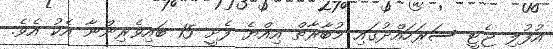
އުފުލި ޖެޓީ ސަރަހައްދުގައި މުބާރާތް އިއްޔެ ފެށީ 15 ބައިވެރިންނާ އެކު އެވެ.